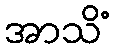
အာသိံ